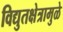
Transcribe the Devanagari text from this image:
विद्युतक्षेत्रामुळे